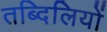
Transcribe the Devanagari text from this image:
तब्दिलियों